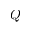
Q